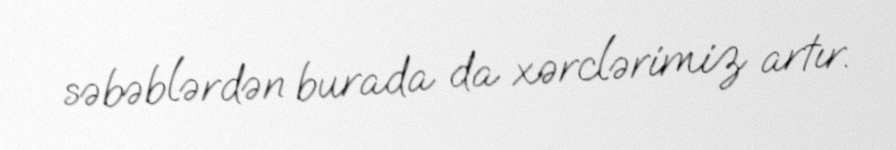
səbəblərdən burada da xərclərimiz artır.